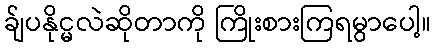
ခ်ျပနိုင္မလဲဆိုတာကို ကြိုးစားကြရမွာပေါ့။